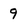
Character: 9